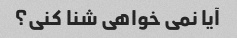
آیا نمی خواهی شنا کنی؟